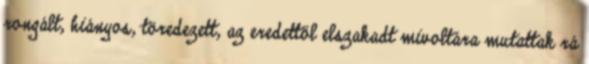
rongált, hiányos, töredezett, az eredettől elszakadt mivoltára mutattak rá